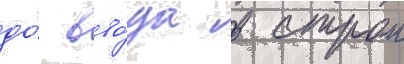
до́ вво́да в строи